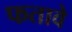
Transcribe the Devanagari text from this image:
फतावे